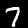
Label: 7